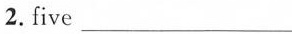
2.five ___